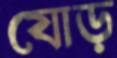
যোড়